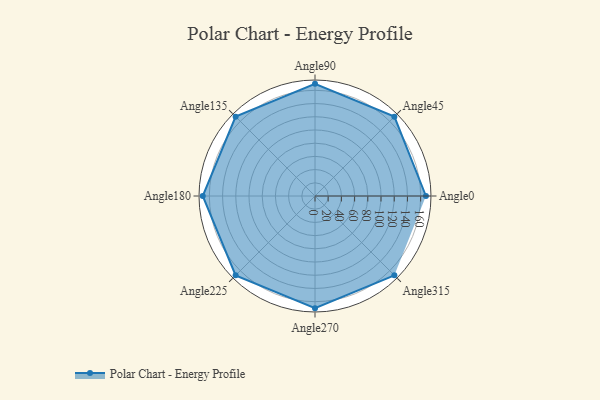
{"axis": {"x": "Angle", "y": "Radius"}, "legend": [""], "data": [{"x": "Angle0", "y": 168.0, "type": ""}, {"x": "Angle45", "y": 170, "type": ""}, {"x": "Angle90", "y": 170, "type": ""}, {"x": "Angle135", "y": 170, "type": ""}, {"x": "Angle180", "y": 170, "type": ""}, {"x": "Angle225", "y": 170, "type": ""}, {"x": "Angle270", "y": 170, "type": ""}, {"x": "Angle315", "y": 170, "type": ""}]}